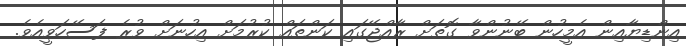
އިންޑިޔާއިން އެމީހުން ބޭނުންވާ ގޮތަށް ރާއްޖޭގައި ކަންތައް ކުރުމަށް އިހުނަށް ވުރެ ފަސޭހަވީއެވެ.